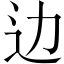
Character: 边